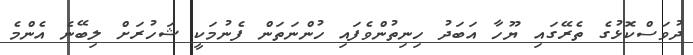
ދުވަސްކޮޅުގެ ތެެރޭގައި ޔޫހާ އަބަދު ހިނިތުންވެފައި ހުންނަތަން ފެނުމަކީ ޝަހުރަށް ލިބޭނެ އެންމެ